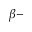
\beta -